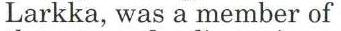
Larkka, was a member of